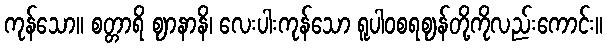
ကုန်သော။ စတ္တာရိ ဈာနာနိ၊ လေးပါးကုန်သော ရူပါဝစရဈန်တို့ကိုလည်းကောင်း။